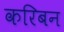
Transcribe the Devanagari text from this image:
करिबन